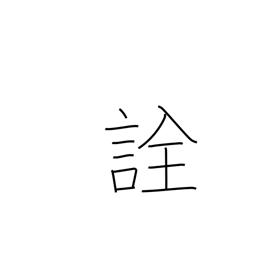
Meaning: selection